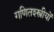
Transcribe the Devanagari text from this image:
गणितश्स्त्रीयों